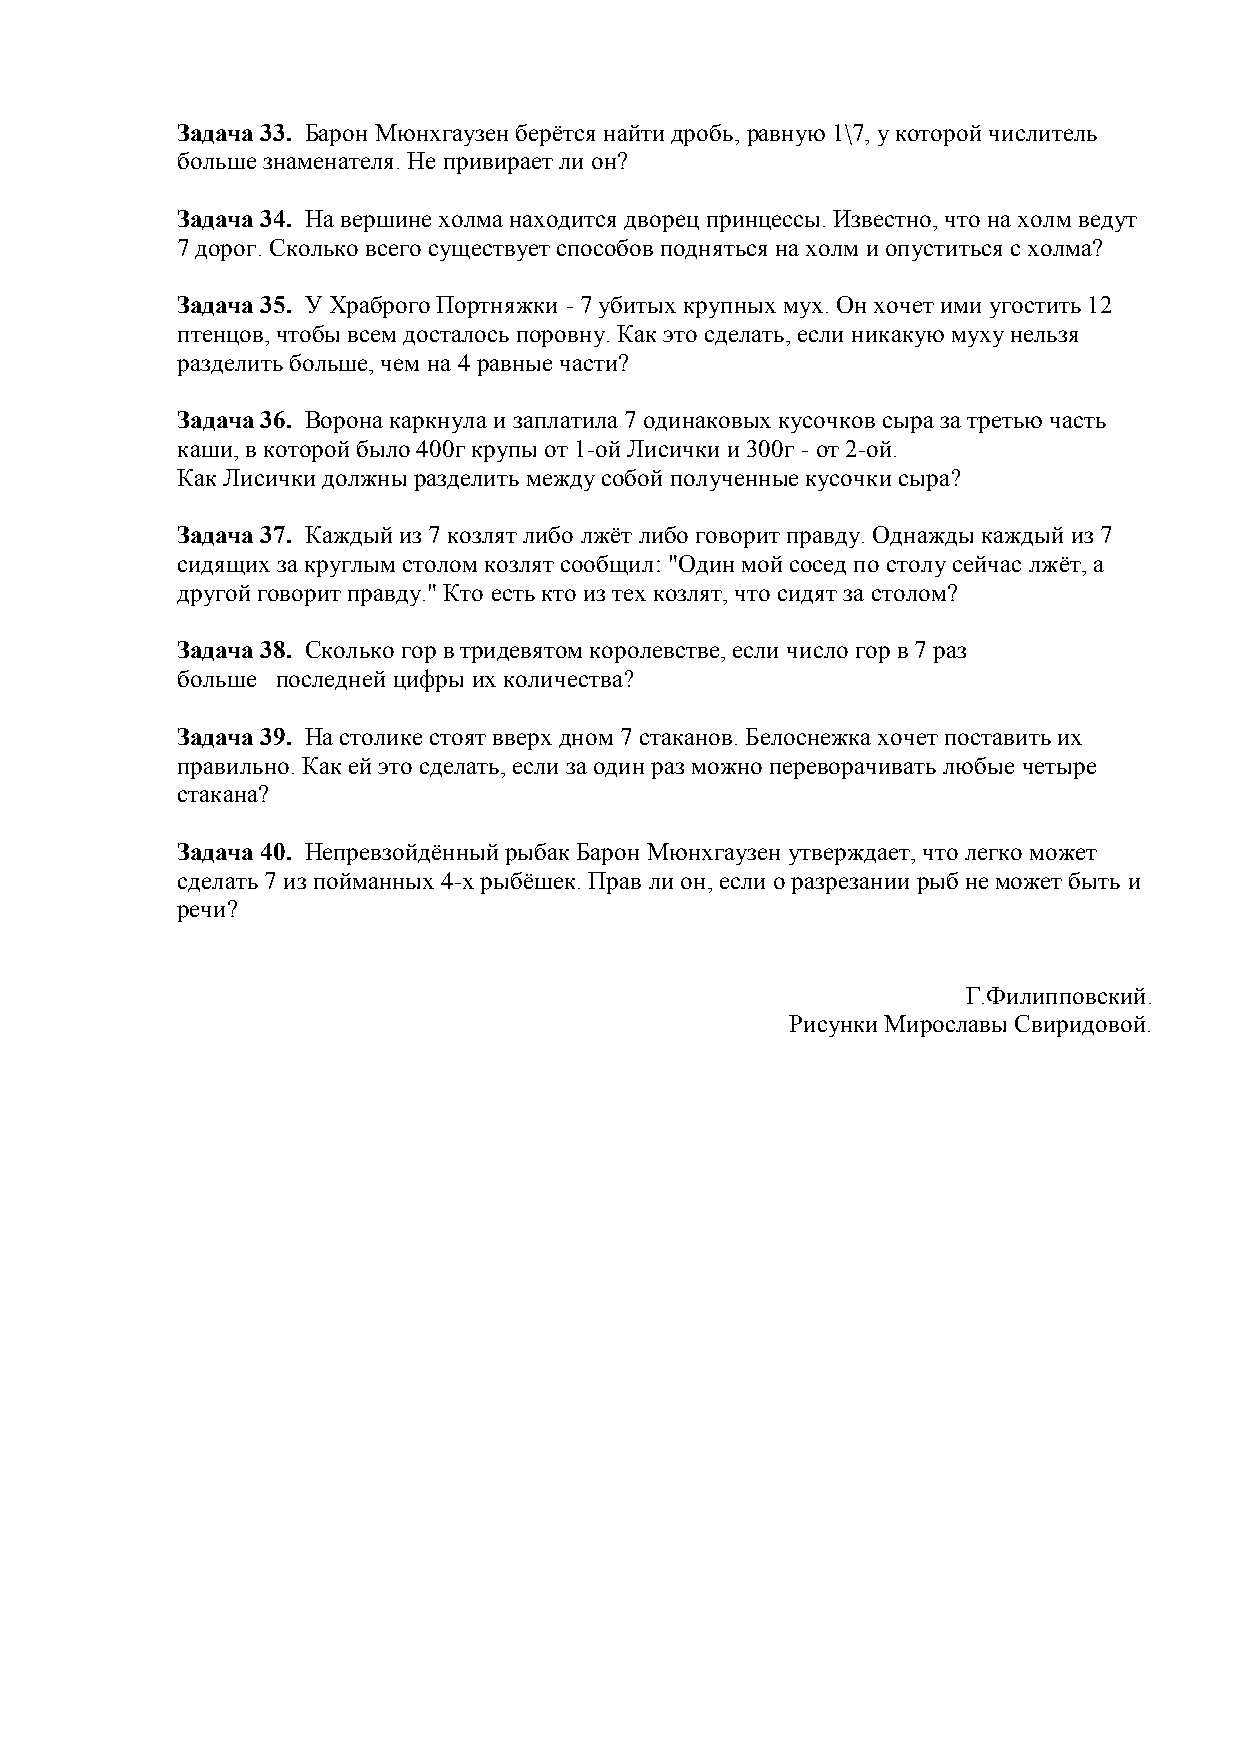
Задача 33. Барон Мюнхгаузен берѐтся найти дробь, равную 1\7, у которой числитель
 больше знаменателя. Не привирает ли он?
 Задача 34. На вершине холма находится дворец принцессы. Известно, что на холм ведут
 7 дорог. Сколько всего существует способов подняться на холм и опуститься с холма?
 Задача 35. У Храброго Портняжки - 7 убитых крупных мух. Он хочет ими угостить 12
 птенцов, чтобы всем досталось поровну. Как это сделать, если никакую муху нельзя
 разделить больше, чем на 4 равные части?
 Задача 36. Ворона каркнула и заплатила 7 одинаковых кусочков сыра за третью часть
 каши, в которой было 400г крупы от 1-ой Лисички и 300г - от 2-ой.
 Как Лисички должны разделить между собой полученные кусочки сыра?
 Задача 37. Каждый из 7 козлят либо лжѐт либо говорит правду. Однажды каждый из 7
 сидящих за круглым столом козлят сообщил: "Один мой сосед по столу сейчас лжѐт, а
 другой говорит правду." Кто есть кто из тех козлят, что сидят за столом?
 Задача 38. Сколько гор в тридевятом королевстве, если число гор в 7 раз
 больше последней цифры их количества?
 Задача 39. На столике стоят вверх дном 7 стаканов. Белоснежка хочет поставить их
 правильно. Как ей это сделать, если за один раз можно переворачивать любые четыре
 стакана?
 Задача 40. Непревзойдѐнный рыбак Барон Мюнхгаузен утверждает, что легко может
 сделать 7 из пойманных 4-х рыбѐшек. Прав ли он, если о разрезании рыб не может быть и
 речи?
 Г.Филипповский.
 Рисунки Мирославы Свиридовой.